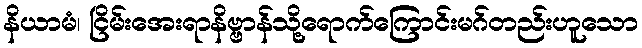
နိယာမံ၊ ငြိမ်းအေးရာနိဗ္ဗာန်သို့ရောက်ကြောင်းမဂ်တည်းဟူသော